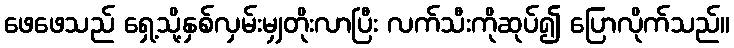
ဖေဖေသည် ရှေ့သို့နှစ်လှမ်းမျှတိုးလာပြီး လက်သီးကိုဆုပ်၍ ပြောလိုက်သည်။